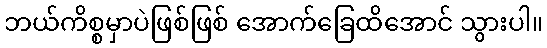
ဘယ်ကိစ္စမှာပဲဖြစ်ဖြစ် အောက်ခြေထိအောင် သွားပါ။